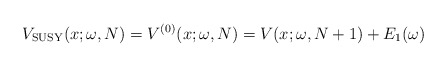
\begin{gather*} V_{\rm SUSY}(x;\omega ,N)=V^{(0) }(x;\omega,N) =V(x;\omega ,N+1) +E_{1}( \omega )\end{gather*}